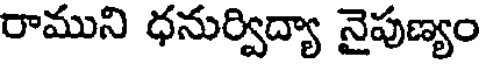
రాముని ధనుర్విద్యా నైపుణ్యం